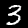
Label: 3